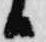
日